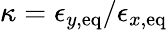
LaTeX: \kappa=\epsilon_{y,\mathrm{eq}}/\epsilon_{x,\mathrm{eq}}